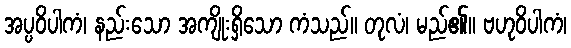
အပ္ပဝိပါကံ၊ နည်းသော အကျိုးရှိသော ကံသည်။ တုလံ၊ မည်၏။ ဗဟုဝိပါကံ၊